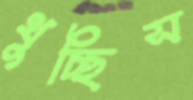
থুচ্ছিস